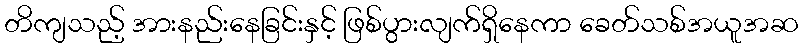
တိကျသည့် အားနည်းနေခြင်းနှင့် ဖြစ်ပွားလျက်ရှိနေကာ ခေတ်သစ်အယူအဆ